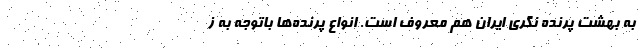
به بهشت پرنده نگری ایران هم معروف است. انواع پرنده‌ها باتوجه به ز